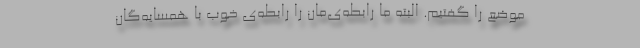
موضع را گفتیم. البته ما رابطه‌ی‌مان را رابطه‌ی خوب با همسایه‌گان